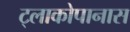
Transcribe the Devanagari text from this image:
ट्लाकोपानास